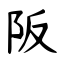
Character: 阪